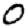
Digit: 0